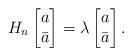
LaTeX: \begin{align*}H_n\begin{bmatrix}a\\ \bar a\end{bmatrix} = \lambda\begin{bmatrix}a\\ \bar a\end{bmatrix}.\end{align*}